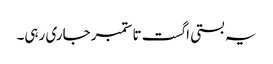
یہ بستی اگست تا ستمبر جاری رہی۔